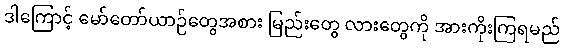
ဒါကြောင့် မော်တော်ယာဉ်တွေအစား မြည်းတွေ လားတွေကို အားကိုးကြရမည်